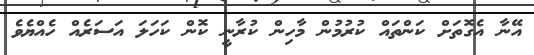
އޭނާ އެގޮތަށް ކަންތައް ކުރުމުން މާހިން ކުރާނީ ކޮން ކަހަލަ އަސަރެއް ހެއްޔެވެ